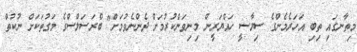
މިތާނގައި ތިބި އަހަރެމެންގެ ސިޔާސީ ހައްޔަރީން މިނިވަންކުރުމަށް ދެންނެވުމަށް" ބްރަސަލްސްގެ މަގުތަކަށް ނުކުތް